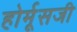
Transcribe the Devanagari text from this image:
होर्मूसजी